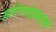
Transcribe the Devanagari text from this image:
हरिणांप्रमाणे